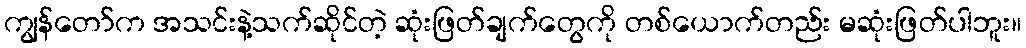
ကျွန်တော်က အသင်းနဲ့သက်ဆိုင်တဲ့ ဆုံးဖြတ်ချက်တွေကို တစ်ယောက်တည်း မဆုံးဖြတ်ပါဘူး။